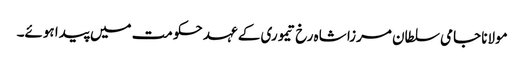
مولانا جامی سلطان مرزا شاہ رخ تیموری کے عہد حکومت میں پیدا ہوئے۔